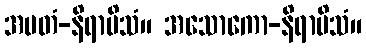
အမတံ-နိရာမိသံ။ အသောကော-နိရာမိသံ။